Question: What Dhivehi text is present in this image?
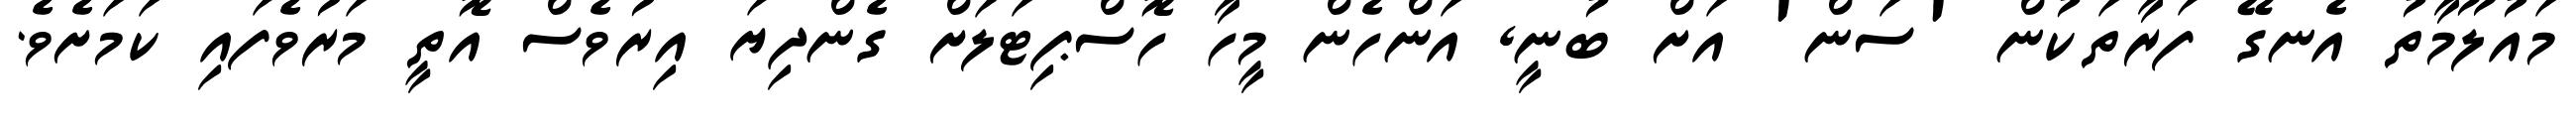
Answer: މައުލޫމާތު އެނގޭ ފަރާތަކުން 'ސަން' އަށް ބުނީ, އަންހެން މީހާ ހޮސްޕިޓަލަށް ގެންދިޔަ އިރުވެސް އޮތީ މަރުވެފައި ކަމަށެވެ.